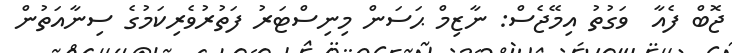
ޖޮބް ފެއާ  ވަގުތު އިމޭޖެސް: ނާޒިމް ޙަސަން މިނިސްޓަރު ފަތުރުވެރިކަމުގެ ސިނާއަތުން